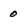
Character: o